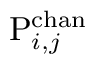
\mathrm { P } _ { i , j } ^ { \mathrm { c h a n } }